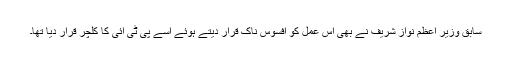
سابق وزیر اعظم نواز شریف نے بھی اس عمل کو افسوس ناک قرار دیتے ہوئے اسے پی ٹی آئی کا کلچر قرار دیا تھا۔